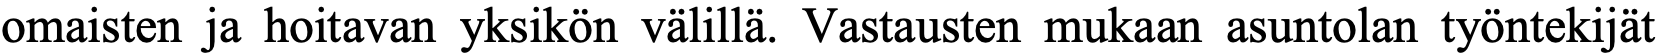
omaisten ja hoitavan yksikön välillä. Vastausten mukaan asuntolan työntekijät